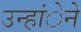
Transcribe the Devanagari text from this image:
उन्हांेने